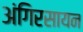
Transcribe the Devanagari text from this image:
अंगिरसायन